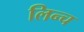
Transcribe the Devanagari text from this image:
लिन्च